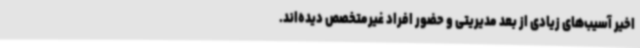
اخیر آسیب‌های زیادی از بعد مدیریتی و حضور افراد غیرمتخصص دیده‌اند.